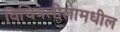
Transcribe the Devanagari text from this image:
विचित्रलीलामधील